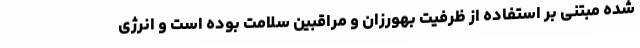
شده مبتنی بر استفاده از ظرفیت بهورزان و مراقبین سلامت بوده است و انرژی